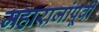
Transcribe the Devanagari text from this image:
महाराजांपूर्वी